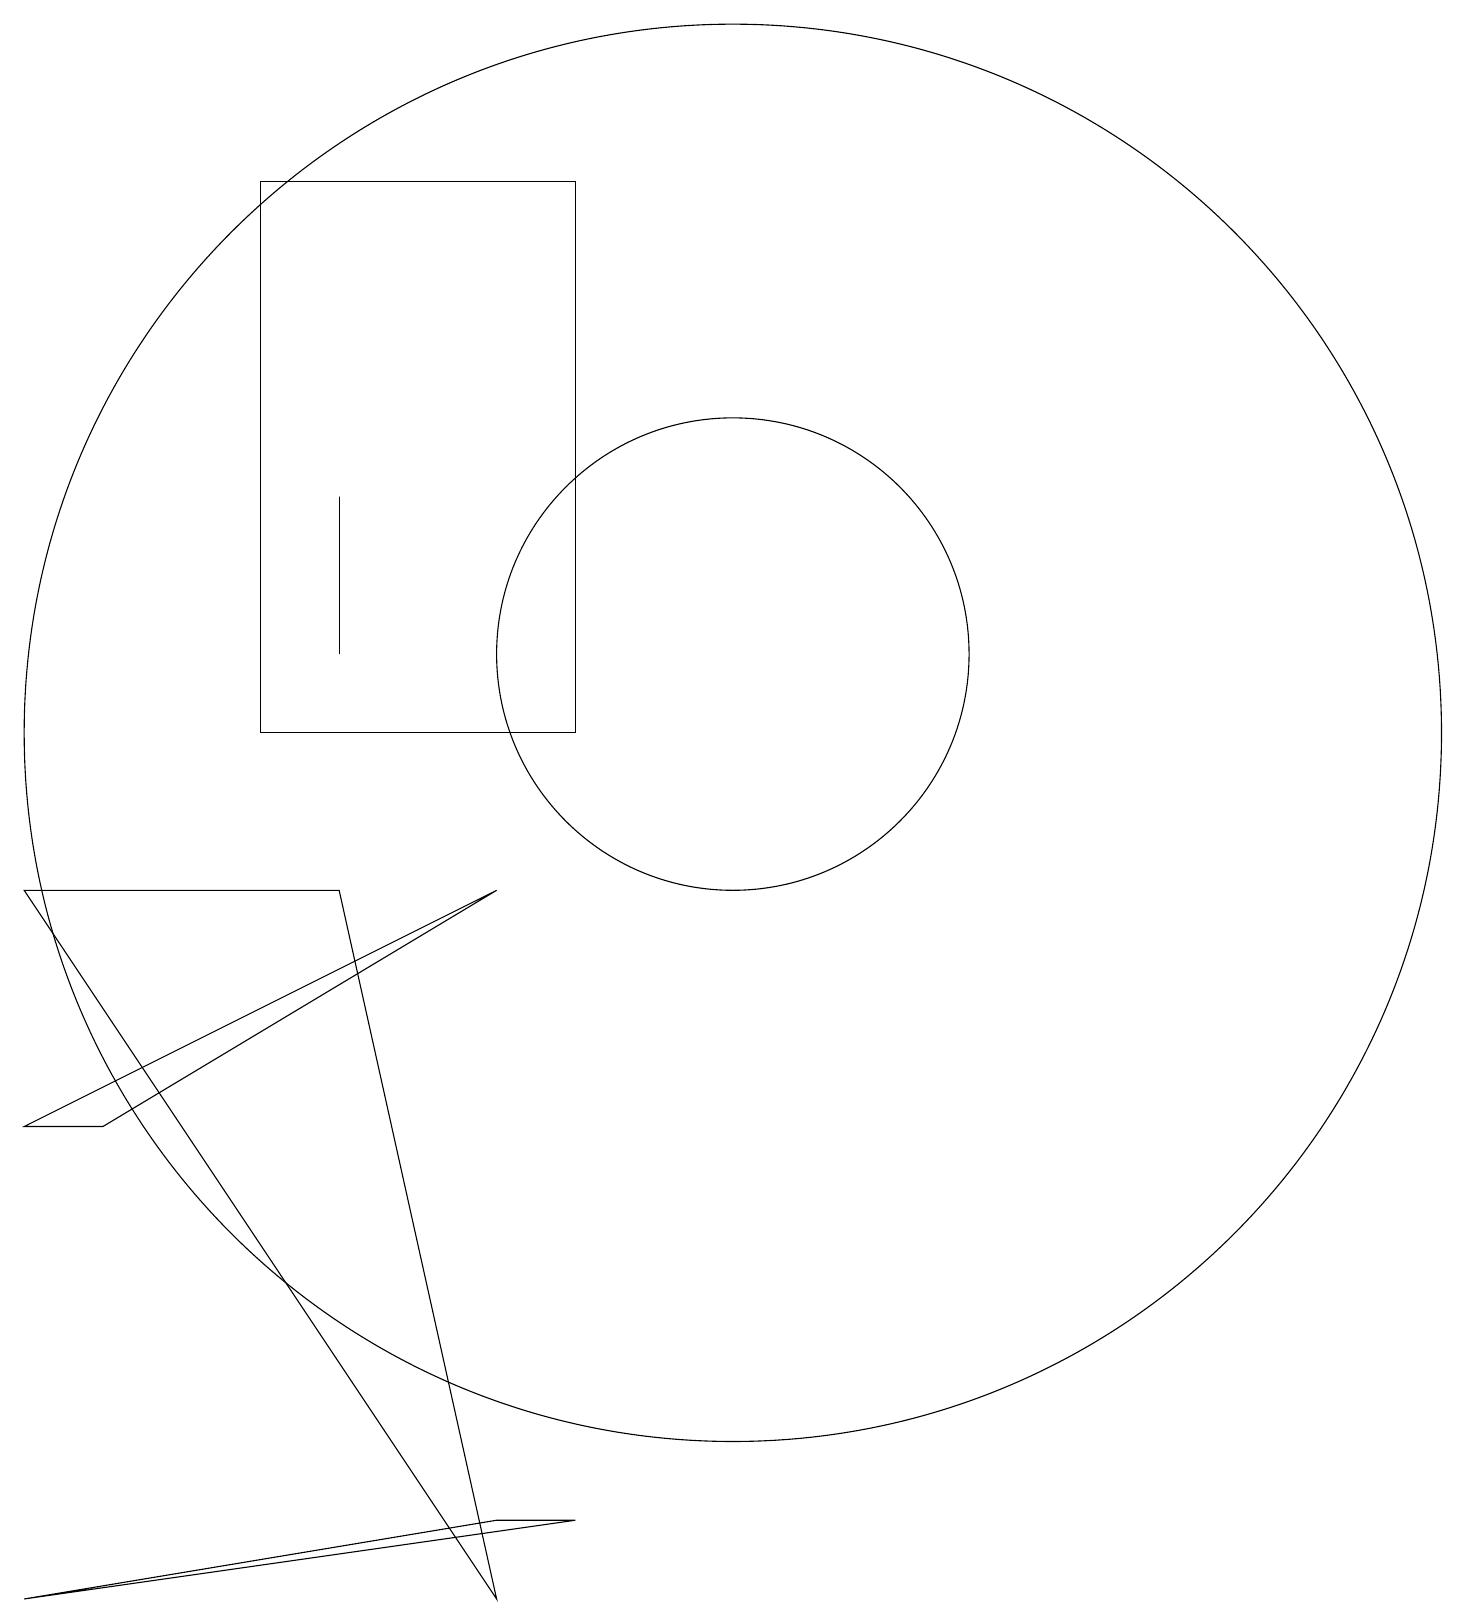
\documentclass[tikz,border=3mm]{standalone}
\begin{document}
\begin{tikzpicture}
\draw (9,1) -- (8,1) -- (2,0) -- cycle;
\draw (5,11) rectangle (9,18);
\draw (11,12) circle (3);
\draw (11,11) circle (9);
\draw (8,0) -- (2,9) -- (6,9) -- cycle;
\draw (2,6) -- (3,6) -- (8,9) -- cycle;
\draw (6,12) rectangle (6,14);
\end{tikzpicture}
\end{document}